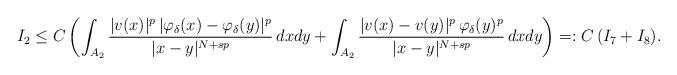
LaTeX: \begin{align*}I_2 \le C \left(\int_{A_2} \frac{|v(x)|^p\, |\varphi_\delta(x) - \varphi_\delta(y)|^p}{|x - y|^{N+sp}}\, dx dy + \int_{A_2} \frac{|v(x) - v(y)|^p\, \varphi_\delta(y)^p}{|x - y|^{N+sp}}\, dx dy\right) =: C\, (I_7 + I_8).\end{align*}